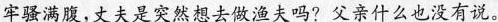
牢骚满腹，丈夫是突然想去做渔夫吗?父亲什么也没有说。